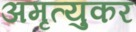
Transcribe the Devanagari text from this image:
अमृत्युकर